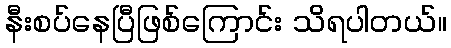
နီးစပ်နေပြီဖြစ်ကြောင်း သိရပါတယ်။